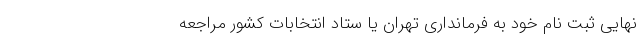
نهایی ثبت نام خود به فرمانداری تهران یا ستاد انتخابات کشور مراجعه